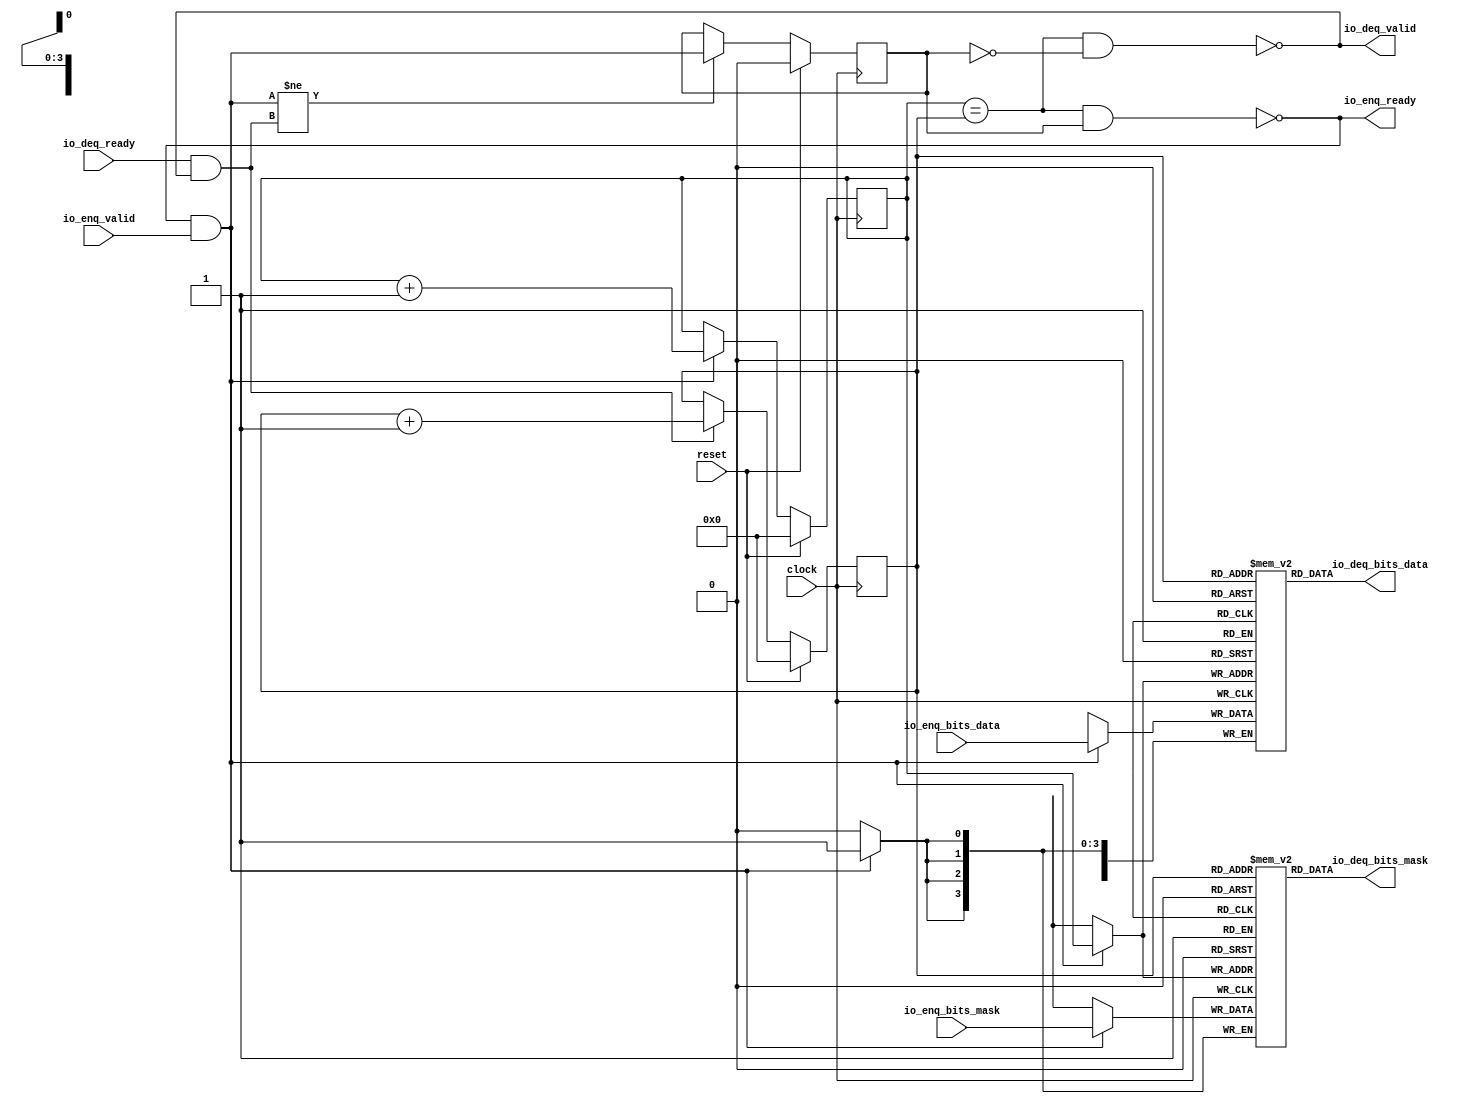
module Queue_28( // @[:freechips.rocketchip.system.DefaultRV32Config.fir@78855.2]
  input         clock, // @[:freechips.rocketchip.system.DefaultRV32Config.fir@78856.4]
  input         reset, // @[:freechips.rocketchip.system.DefaultRV32Config.fir@78857.4]
  output        io_enq_ready, // @[:freechips.rocketchip.system.DefaultRV32Config.fir@78858.4]
  input         io_enq_valid, // @[:freechips.rocketchip.system.DefaultRV32Config.fir@78858.4]
  input  [3:0]  io_enq_bits_mask, // @[:freechips.rocketchip.system.DefaultRV32Config.fir@78858.4]
  input  [31:0] io_enq_bits_data, // @[:freechips.rocketchip.system.DefaultRV32Config.fir@78858.4]
  input         io_deq_ready, // @[:freechips.rocketchip.system.DefaultRV32Config.fir@78858.4]
  output        io_deq_valid, // @[:freechips.rocketchip.system.DefaultRV32Config.fir@78858.4]
  output [3:0]  io_deq_bits_mask, // @[:freechips.rocketchip.system.DefaultRV32Config.fir@78858.4]
  output [31:0] io_deq_bits_data // @[:freechips.rocketchip.system.DefaultRV32Config.fir@78858.4]
);
`ifdef RANDOMIZE_MEM_INIT
  reg [31:0] _RAND_0;
  reg [31:0] _RAND_1;
`endif // RANDOMIZE_MEM_INIT
`ifdef RANDOMIZE_REG_INIT
  reg [31:0] _RAND_2;
  reg [31:0] _RAND_3;
  reg [31:0] _RAND_4;
`endif // RANDOMIZE_REG_INIT
  reg [3:0] ram_mask [0:15]; // @[Decoupled.scala 209:16:freechips.rocketchip.system.DefaultRV32Config.fir@78860.4]
  wire [3:0] ram_mask__T_15_data; // @[Decoupled.scala 209:16:freechips.rocketchip.system.DefaultRV32Config.fir@78860.4]
  wire [3:0] ram_mask__T_15_addr; // @[Decoupled.scala 209:16:freechips.rocketchip.system.DefaultRV32Config.fir@78860.4]
  wire [3:0] ram_mask__T_5_data; // @[Decoupled.scala 209:16:freechips.rocketchip.system.DefaultRV32Config.fir@78860.4]
  wire [3:0] ram_mask__T_5_addr; // @[Decoupled.scala 209:16:freechips.rocketchip.system.DefaultRV32Config.fir@78860.4]
  wire  ram_mask__T_5_mask; // @[Decoupled.scala 209:16:freechips.rocketchip.system.DefaultRV32Config.fir@78860.4]
  wire  ram_mask__T_5_en; // @[Decoupled.scala 209:16:freechips.rocketchip.system.DefaultRV32Config.fir@78860.4]
  reg [31:0] ram_data [0:15]; // @[Decoupled.scala 209:16:freechips.rocketchip.system.DefaultRV32Config.fir@78860.4]
  wire [31:0] ram_data__T_15_data; // @[Decoupled.scala 209:16:freechips.rocketchip.system.DefaultRV32Config.fir@78860.4]
  wire [3:0] ram_data__T_15_addr; // @[Decoupled.scala 209:16:freechips.rocketchip.system.DefaultRV32Config.fir@78860.4]
  wire [31:0] ram_data__T_5_data; // @[Decoupled.scala 209:16:freechips.rocketchip.system.DefaultRV32Config.fir@78860.4]
  wire [3:0] ram_data__T_5_addr; // @[Decoupled.scala 209:16:freechips.rocketchip.system.DefaultRV32Config.fir@78860.4]
  wire  ram_data__T_5_mask; // @[Decoupled.scala 209:16:freechips.rocketchip.system.DefaultRV32Config.fir@78860.4]
  wire  ram_data__T_5_en; // @[Decoupled.scala 209:16:freechips.rocketchip.system.DefaultRV32Config.fir@78860.4]
  reg [3:0] _T; // @[Counter.scala 29:33:freechips.rocketchip.system.DefaultRV32Config.fir@78861.4]
  reg [3:0] _T_1; // @[Counter.scala 29:33:freechips.rocketchip.system.DefaultRV32Config.fir@78862.4]
  reg  maybe_full; // @[Decoupled.scala 212:27:freechips.rocketchip.system.DefaultRV32Config.fir@78863.4]
  wire  ptr_match; // @[Decoupled.scala 214:33:freechips.rocketchip.system.DefaultRV32Config.fir@78864.4]
  wire  _T_2; // @[Decoupled.scala 215:28:freechips.rocketchip.system.DefaultRV32Config.fir@78865.4]
  wire  empty; // @[Decoupled.scala 215:25:freechips.rocketchip.system.DefaultRV32Config.fir@78866.4]
  wire  full; // @[Decoupled.scala 216:24:freechips.rocketchip.system.DefaultRV32Config.fir@78867.4]
  wire  do_enq; // @[Decoupled.scala 40:37:freechips.rocketchip.system.DefaultRV32Config.fir@78868.4]
  wire  do_deq; // @[Decoupled.scala 40:37:freechips.rocketchip.system.DefaultRV32Config.fir@78871.4]
  wire [3:0] _T_8; // @[Counter.scala 39:22:freechips.rocketchip.system.DefaultRV32Config.fir@78880.6]
  wire [3:0] _T_11; // @[Counter.scala 39:22:freechips.rocketchip.system.DefaultRV32Config.fir@78886.6]
  wire  _T_12; // @[Decoupled.scala 227:16:freechips.rocketchip.system.DefaultRV32Config.fir@78889.4]
  assign ram_mask__T_15_addr = _T_1;
  assign ram_mask__T_15_data = ram_mask[ram_mask__T_15_addr]; // @[Decoupled.scala 209:16:freechips.rocketchip.system.DefaultRV32Config.fir@78860.4]
  assign ram_mask__T_5_data = io_enq_bits_mask;
  assign ram_mask__T_5_addr = _T;
  assign ram_mask__T_5_mask = 1'h1;
  assign ram_mask__T_5_en = io_enq_ready & io_enq_valid;
  assign ram_data__T_15_addr = _T_1;
  assign ram_data__T_15_data = ram_data[ram_data__T_15_addr]; // @[Decoupled.scala 209:16:freechips.rocketchip.system.DefaultRV32Config.fir@78860.4]
  assign ram_data__T_5_data = io_enq_bits_data;
  assign ram_data__T_5_addr = _T;
  assign ram_data__T_5_mask = 1'h1;
  assign ram_data__T_5_en = io_enq_ready & io_enq_valid;
  assign ptr_match = _T == _T_1; // @[Decoupled.scala 214:33:freechips.rocketchip.system.DefaultRV32Config.fir@78864.4]
  assign _T_2 = ~maybe_full; // @[Decoupled.scala 215:28:freechips.rocketchip.system.DefaultRV32Config.fir@78865.4]
  assign empty = ptr_match & _T_2; // @[Decoupled.scala 215:25:freechips.rocketchip.system.DefaultRV32Config.fir@78866.4]
  assign full = ptr_match & maybe_full; // @[Decoupled.scala 216:24:freechips.rocketchip.system.DefaultRV32Config.fir@78867.4]
  assign do_enq = io_enq_ready & io_enq_valid; // @[Decoupled.scala 40:37:freechips.rocketchip.system.DefaultRV32Config.fir@78868.4]
  assign do_deq = io_deq_ready & io_deq_valid; // @[Decoupled.scala 40:37:freechips.rocketchip.system.DefaultRV32Config.fir@78871.4]
  assign _T_8 = _T + 4'h1; // @[Counter.scala 39:22:freechips.rocketchip.system.DefaultRV32Config.fir@78880.6]
  assign _T_11 = _T_1 + 4'h1; // @[Counter.scala 39:22:freechips.rocketchip.system.DefaultRV32Config.fir@78886.6]
  assign _T_12 = do_enq != do_deq; // @[Decoupled.scala 227:16:freechips.rocketchip.system.DefaultRV32Config.fir@78889.4]
  assign io_enq_ready = ~full; // @[Decoupled.scala 232:16:freechips.rocketchip.system.DefaultRV32Config.fir@78896.4]
  assign io_deq_valid = ~empty; // @[Decoupled.scala 231:16:freechips.rocketchip.system.DefaultRV32Config.fir@78894.4]
  assign io_deq_bits_mask = ram_mask__T_15_data; // @[Decoupled.scala 233:15:freechips.rocketchip.system.DefaultRV32Config.fir@78899.4]
  assign io_deq_bits_data = ram_data__T_15_data; // @[Decoupled.scala 233:15:freechips.rocketchip.system.DefaultRV32Config.fir@78898.4]
`ifdef RANDOMIZE_GARBAGE_ASSIGN
`define RANDOMIZE
`endif
`ifdef RANDOMIZE_INVALID_ASSIGN
`define RANDOMIZE
`endif
`ifdef RANDOMIZE_REG_INIT
`define RANDOMIZE
`endif
`ifdef RANDOMIZE_MEM_INIT
`define RANDOMIZE
`endif
`ifndef RANDOM
`define RANDOM $random
`endif
`ifdef RANDOMIZE_MEM_INIT
  integer initvar;
`endif
`ifndef SYNTHESIS
`ifdef FIRRTL_BEFORE_INITIAL
`FIRRTL_BEFORE_INITIAL
`endif
initial begin
  `ifdef RANDOMIZE
    `ifdef INIT_RANDOM
      `INIT_RANDOM
    `endif
    `ifndef VERILATOR
      `ifdef RANDOMIZE_DELAY
        #`RANDOMIZE_DELAY begin end
      `else
        #0.002 begin end
      `endif
    `endif
`ifdef RANDOMIZE_MEM_INIT
  _RAND_0 = {1{`RANDOM}};
  for (initvar = 0; initvar < 16; initvar = initvar+1)
    ram_mask[initvar] = _RAND_0[3:0];
  _RAND_1 = {1{`RANDOM}};
  for (initvar = 0; initvar < 16; initvar = initvar+1)
    ram_data[initvar] = _RAND_1[31:0];
`endif // RANDOMIZE_MEM_INIT
`ifdef RANDOMIZE_REG_INIT
  _RAND_2 = {1{`RANDOM}};
  _T = _RAND_2[3:0];
  _RAND_3 = {1{`RANDOM}};
  _T_1 = _RAND_3[3:0];
  _RAND_4 = {1{`RANDOM}};
  maybe_full = _RAND_4[0:0];
`endif // RANDOMIZE_REG_INIT
  `endif // RANDOMIZE
end // initial
`ifdef FIRRTL_AFTER_INITIAL
`FIRRTL_AFTER_INITIAL
`endif
`endif // SYNTHESIS
  always @(posedge clock) begin
    if(ram_mask__T_5_en & ram_mask__T_5_mask) begin
      ram_mask[ram_mask__T_5_addr] <= ram_mask__T_5_data; // @[Decoupled.scala 209:16:freechips.rocketchip.system.DefaultRV32Config.fir@78860.4]
    end
    if(ram_data__T_5_en & ram_data__T_5_mask) begin
      ram_data[ram_data__T_5_addr] <= ram_data__T_5_data; // @[Decoupled.scala 209:16:freechips.rocketchip.system.DefaultRV32Config.fir@78860.4]
    end
    if (reset) begin
      _T <= 4'h0;
    end else if (do_enq) begin
      _T <= _T_8;
    end
    if (reset) begin
      _T_1 <= 4'h0;
    end else if (do_deq) begin
      _T_1 <= _T_11;
    end
    if (reset) begin
      maybe_full <= 1'h0;
    end else if (_T_12) begin
      maybe_full <= do_enq;
    end
  end
endmodule